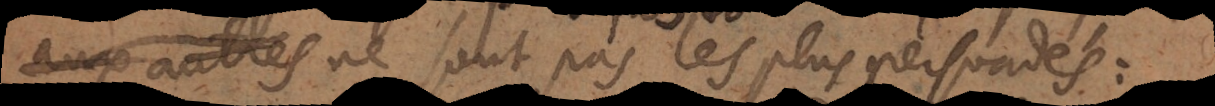
neantmoins ne sont pas les plus persuadés: